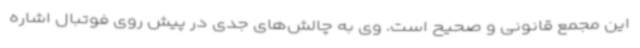
این مجمع قانونی و صحیح است. وی به چالش‌های جدی در پیش روی فوتبال اشاره